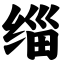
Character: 缁